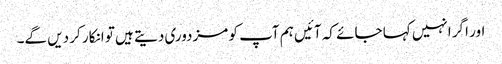
اور اگر انہیں کہا جائے کہ آئیں ہم آپ کو مزدوری دیتے ہیں تو انکار کر دیں گے۔